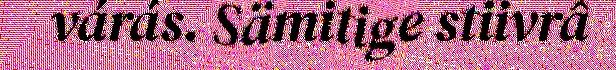
várás. Sämitige stiivrâ